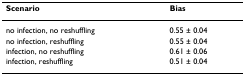
<table><thead><tr><td><b>Scenario</b></td><td><b>Bias</b></td></tr></thead><tbody><tr><td>no infection, no reshuffling</td><td>0.55 ± 0.04</td></tr><tr><td>no infection, reshuffling</td><td>0.55 ± 0.04</td></tr><tr><td>infection, no reshuffling</td><td>0.61 ± 0.06</td></tr><tr><td>infection, reshuffling</td><td>0.51 ± 0.04</td></tr></tbody></table>